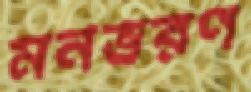
মনভরণ